Calcutta medical institutions reports 1871-78
Year: 1871
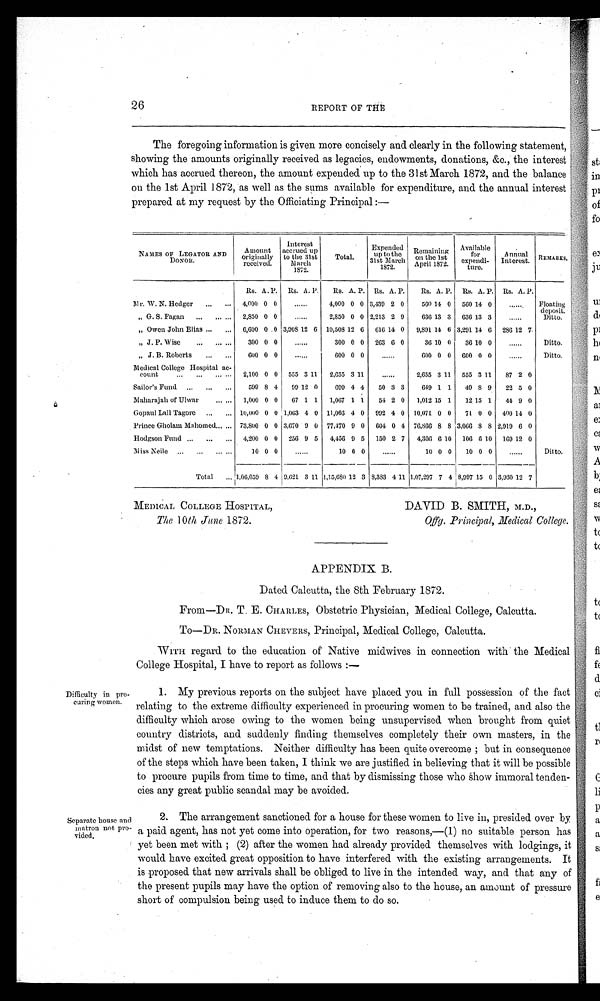
26
REPORT OF THE
The foregoing information is given more concisely and clearly in the following statement,
showing the amounts originally received as legacies, endowments, donations, &c., the interest
which has accrued thereon, the amount expended up to the 31st March 1872, and the balance
on the 1st April 1872, as well as the sums available for expenditure, and the annual interest
prepared at my request by the Officiating Principal :-
NAMES OF LEGATOR AND
DONORS.
Amount
originally
received.
Interest
accrued up
to the 31st
March
1872.
Total.
Expended u p t o t h e
31st March
1872.
R e m a i n i n g
on the 1st
April 1872.
Available
for
expendi-
ture.
Annual
Interest. REMARKS.
Rs. A. P . Rs. A. P. Rs. A. P. Rs. A. P.
Rs. A. P. Rs. A. P. Rs. A. P.
Mr. W. N. Hedger
4,000 0 0
......
4,000 0 0 3,439 2 0
560 14 0 560 14 0
....... Floating
deposit.
Ditto.
,, G. S. Fagan 2,850 0 0
......
2,850 0 0 2,213 2 9
636 13 3 636 13 3
......
,, Owen John Elias
6,600 0 0 3,908 12 6 10,508 12 6 616 14 0 9,891 14 6 3,291 14 6 286 12 7
,, J. P. Wise
300 0 0
......
300 0 0 263 6 0
36 10 0 36 10 0
......
Ditto.
„ J. B. Roberts
600 0 0
......
600 0 0
......
600 0 0 600 0 0
......
Ditto.
Medical. College Hospital ac-
count
2,100 0 0 555 3
1 1 2,655 3 11
......
2,635 3 11 555 3 11 87 2 0
Sailor's Fund
599 8 4 99 12 0
699 4 4 50 3 3
649 1 1 49 8 9 22 5 0
Maharajah of Ulwar
1,000 0 0 67 1 1 1,067 1 1 54 2 0 1,012 15 1 12 15 1 44 9 0
Gopaul Lall Tagore
10,000 0 0 1,063 4 0 11,063 4 0 992 4 0 10,071 0 0 71 0 0 400 14 0
Prince Gholam Mahomed 73,800 0 0 3,670 9 0 77,470 9 0 604 0 4 76,866 8 8 3,066 8 8 2,919 6 0
Hodgson Fund
4,200 0 0 256 9 5 4,456 9 5 150 2 7 4,306 6 10 106 6 10 169 12 0
Miss Neile
10 0 0
......
10 0 0
......
10 0 0 10 0 0
....
Ditto.
Total
1,06,059 8 4 9,621 3 11 1,15,680 12 3 8,383 4 11 1,07,297 7 4 8,997 15 0 3,930 12 7
MEDICAL COLLEGE HOSPITAL,
DAVID B. SMITH, M.D.,
The 10th June 1872.
Offg. Principal, Medical College.
APPENDIX B.
Dated Calcutta, the 8th February 1872.
From—D R. T. E. CHARLES, Obstetric Physician, Medical College, Calcutta
To—DR. NORMAN CHEVERS, Principal, Medical College, Calcutta.
WITH regard to the education of Native midwives in connection with the Medical
College Hospital, I have to report as follows :—
Difficulty in pro
curing women.
Separate house and
matron not pro
vided.
1. My previous reports on the subject have placed you in full possession of the fact
relating to the extreme difficulty experienced in procuring women to be trained, and also the
difficulty which arose owing to the women being unsupervised when brought from quiet
country districts, and suddenly finding themselves completely their own masters, in the
midst of new temptations. Neither difficulty has been quite overcome ; but in consequence
of the steps which have been taken, I think we are justified in believing that it will be possible
to procure pupils from time to time, and that by dismissing those who show immoral tenden
cies any great public scandal may be avoided.
2. The arrangement sanctioned for a house for these women to live in, presided over by
a paid agent, has not yet come into operation, for two reasons,—(1) no suitable person has
yet been met with ; (2) after the women had already provided themselves with lodgings, it
would have excited great opposition to have interfered with the existing arrangements. It
is proposed that new arrivals shall be obliged to live in the intended way, and that any of
the present pupils may have the option of removing also to the house, an amount of pressure
short of compulsion being used to induce them to do so.